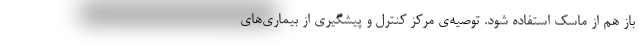
باز هم از ماسک استفاده شود. توصیه‌ی مرکز کنترل و پیشگیری از بیماری‌های